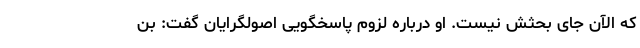
که الآن جای بحثش نیست. او درباره لزوم پاسخگویی اصولگرایان گفت: بن